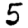
Digit: 5